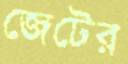
জেটের